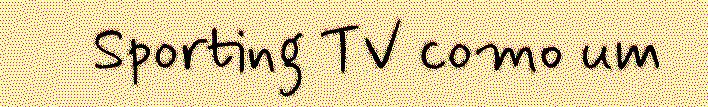
Sporting TV como um